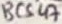
Text: BC547